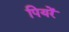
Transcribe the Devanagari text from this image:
पियरें